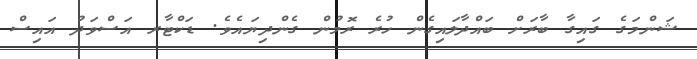
ޝަންމަގެ ގައިގާ ބާރަށް ބައްދާލައިގެން ހުރެ ރޮމުން ގެންދިޔައެވެ. ޑަކްޓާރ އަސްވަދު އައިސް